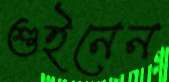
শুইনেন